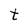
Character: t